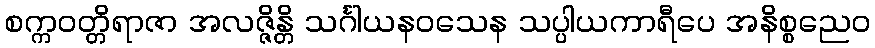
စက္ကဝတ္တိရာဇာ အလဇ္ဇိန္တိ သင်္ဂါယနဝသေန သပ္ပါယကာရီပေ အနိစ္စညေဝ